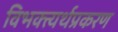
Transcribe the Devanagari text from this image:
विभक्त्यर्थप्रकरण